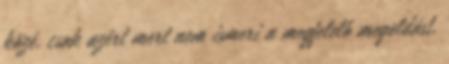
közé, csak azért mert nem ismeri a megfelelő megoldást,